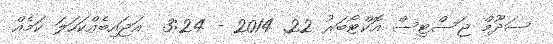
ސަދޫމް ޖަސްޓިސް އޮކްޓޯބަރު 22